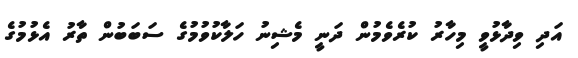
އަދި ވިދާޅުވީ މިހާރު ކުރެވެމުން ދަނީ މެޝިނު ހަލާކުވުމުގެ ސަބަބުން ތާރު އެޅުމުގެ